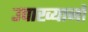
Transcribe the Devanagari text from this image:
उपाख्यानो